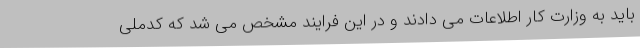
باید به وزارت کار اطلاعات می دادند و در این فرایند مشخص می شد که کدملی